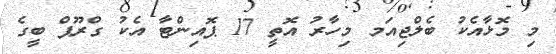
މި މޮޅާއެކު ބެލްޖިއަމ މިހާރު އޮތީ 17 ޕޮއިންޓާ އެކު ގްރޫޕް ބީގެ